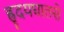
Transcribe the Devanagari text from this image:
ह्रृदयघातसे